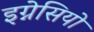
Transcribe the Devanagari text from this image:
इग्नेसियो